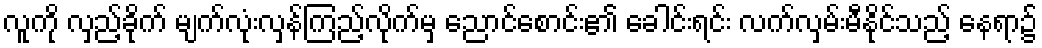
လူကို လှည့်ခိုက် မျက်လုံးလှန်ကြည့်လိုက်မှ ညောင်စောင်း၏ ခေါင်းရင်း လက်လှမ်းမီနိုင်သည့် နေရာ၌